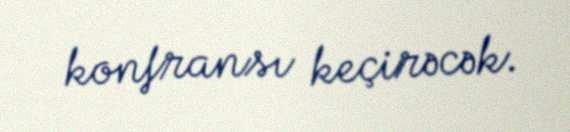
konfransı keçirəcək.